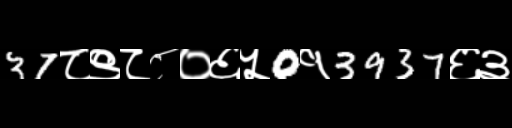
Text: 37८९८८०६५0१3937६३